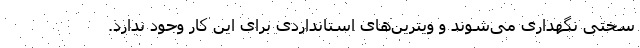
سختی نگهداری می‌شوند و ویترین‌های استانداردی برای این کار وجود ندارد.